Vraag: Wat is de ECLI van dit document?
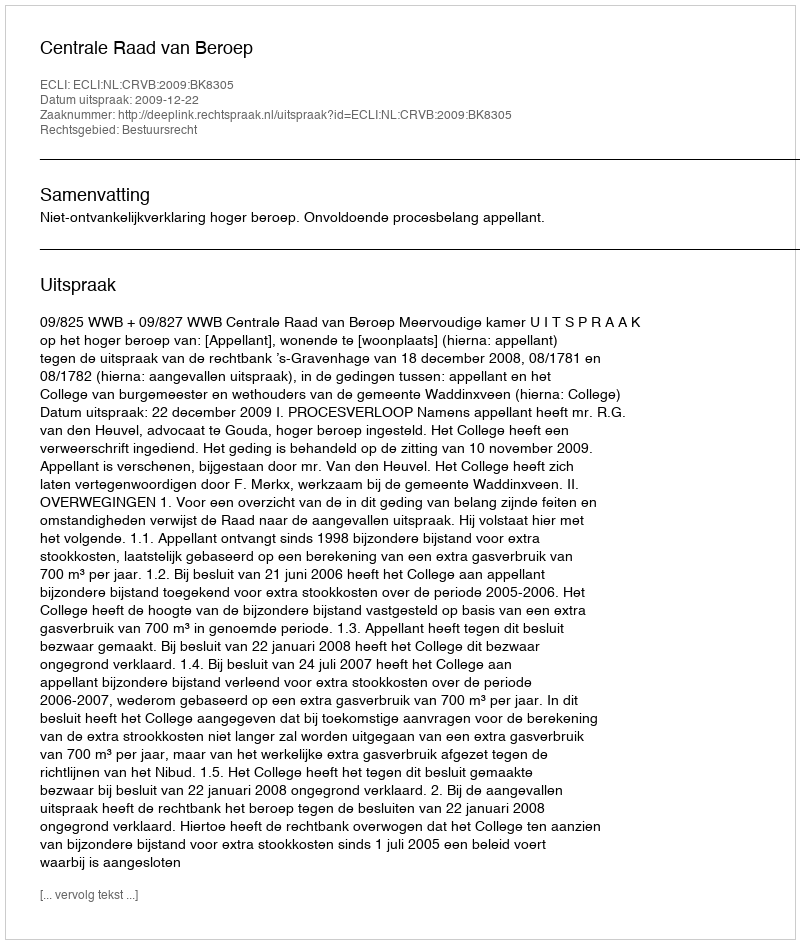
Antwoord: ECLI:NL:CRVB:2009:BK8305